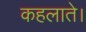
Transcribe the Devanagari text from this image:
कहलाते।